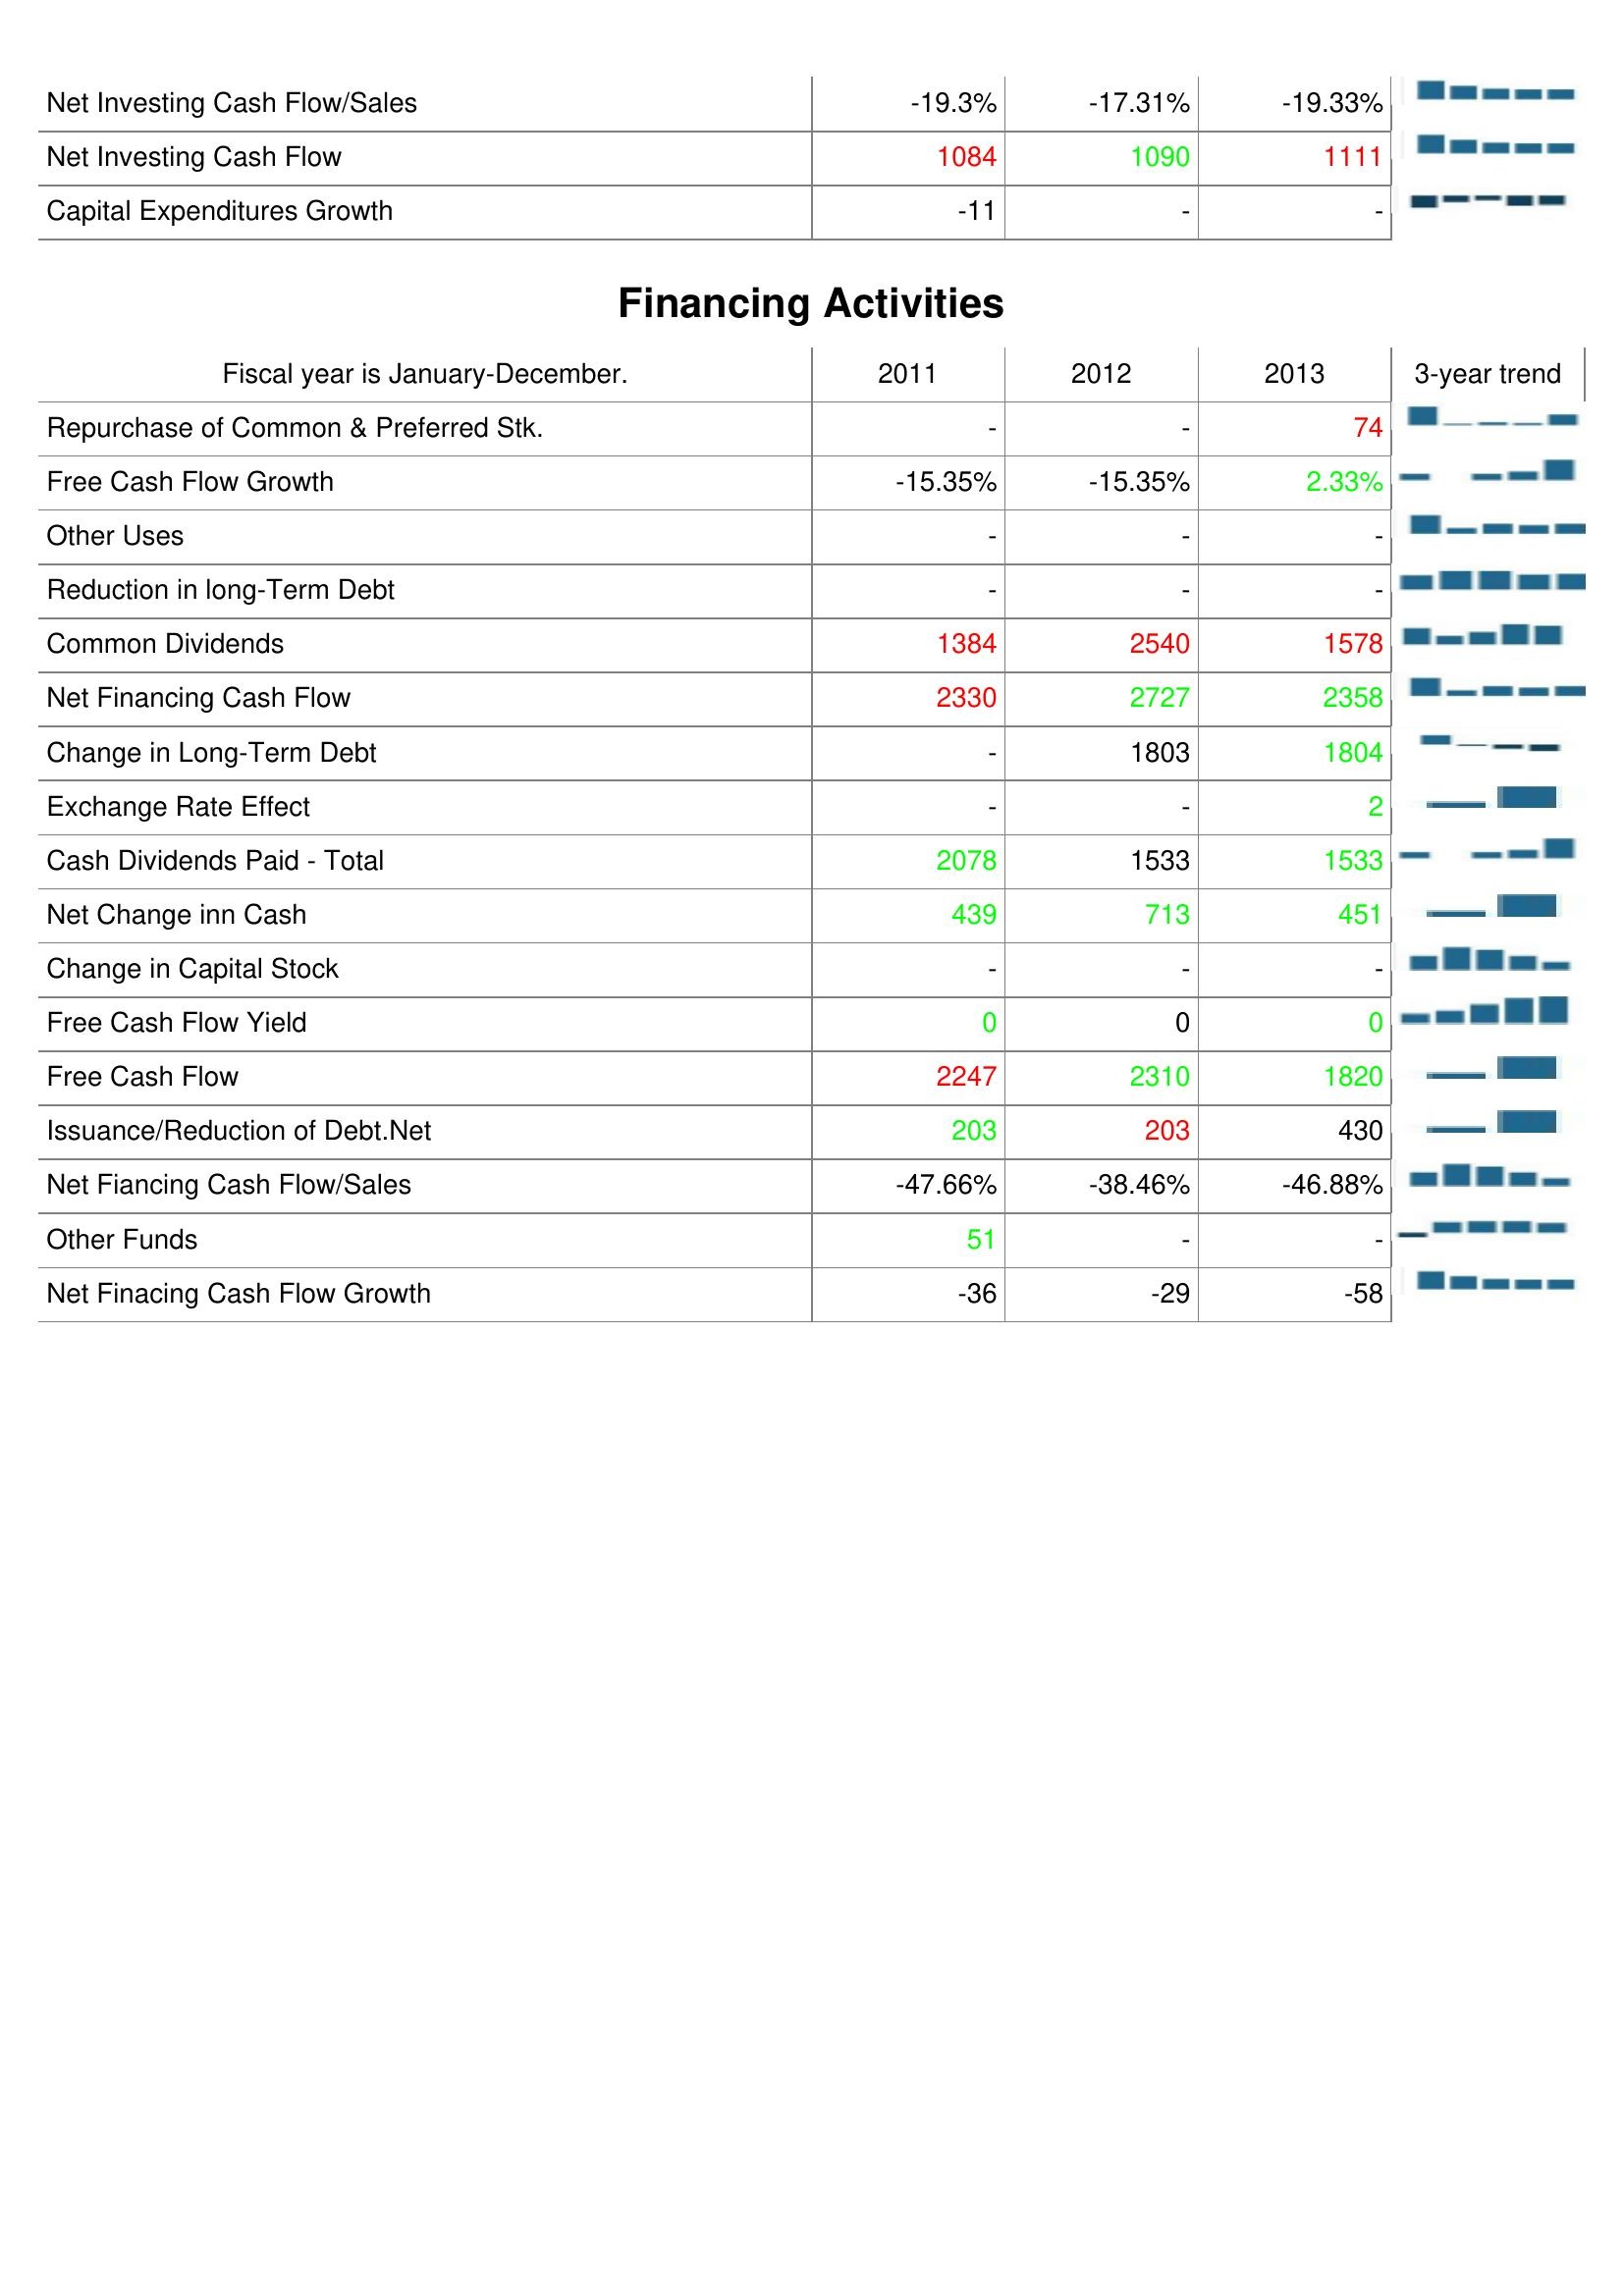
2011: Investing Activities: Net Investing Cash Flow/Sales: -19.3%
Net Investing Cash Flow: 1084
Capital Expenditures Growth: -11
Financing Activities: Repurchase of Common & Preferred Stk.: -
Free Cash Flow Growth: -15.35%
Other Uses: -
Reduction in long-Term Debt: -
Common Dividends: 1384
Net Financing Cash Flow: 2330
Change in Long-Term Debt: -
Exchange Rate Effect: -
Cash Dividends Paid - Total: 2078
Net Change inn Cash: 439
Change in Capital Stock: -
Free Cash Flow Yield: 0
Free Cash Flow: 2247
Issuance/Reduction of Debt.Net: 203
Net Fiancing Cash Flow/Sales: -47.66%
Other Funds: 51
Net Finacing Cash Flow Growth: -36
2012: Investing Activities: Net Investing Cash Flow/Sales: -17.31%
Net Investing Cash Flow: 1090
Capital Expenditures Growth: -
Financing Activities: Repurchase of Common & Preferred Stk.: -
Free Cash Flow Growth: -15.35%
Other Uses: -
Reduction in long-Term Debt: -
Common Dividends: 2540
Net Financing Cash Flow: 2727
Change in Long-Term Debt: 1803
Exchange Rate Effect: -
Cash Dividends Paid - Total: 1533
Net Change inn Cash: 713
Change in Capital Stock: -
Free Cash Flow Yield: 0
Free Cash Flow: 2310
Issuance/Reduction of Debt.Net: 203
Net Fiancing Cash Flow/Sales: -38.46%
Other Funds: -
Net Finacing Cash Flow Growth: -29
2013: Investing Activities: Net Investing Cash Flow/Sales: -19.33%
Net Investing Cash Flow: 1111
Capital Expenditures Growth: -
Financing Activities: Repurchase of Common & Preferred Stk.: 74
Free Cash Flow Growth: 2.33%
Other Uses: -
Reduction in long-Term Debt: -
Common Dividends: 1578
Net Financing Cash Flow: 2358
Change in Long-Term Debt: 1804
Exchange Rate Effect: 2
Cash Dividends Paid - Total: 1533
Net Change inn Cash: 451
Change in Capital Stock: -
Free Cash Flow Yield: 0
Free Cash Flow: 1820
Issuance/Reduction of Debt.Net: 430
Net Fiancing Cash Flow/Sales: -46.88%
Other Funds: -
Net Finacing Cash Flow Growth: -58